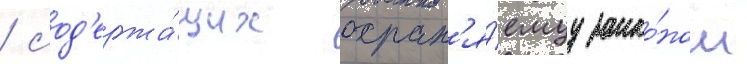
/ сод'ержа́щих охран'я́емуу зако́ном